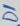
Text: D1